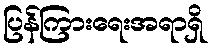
ပြန်ကြားရေးအရာရှိ